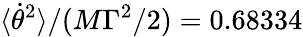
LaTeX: \langle\dot{\theta}^{2}\rangle/(M\Gamma^{2}/2)=0.68334